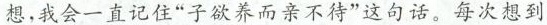
想。我会一直记住“子欲养而亲不待”这句话。每次想到